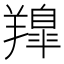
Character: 𮊳